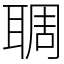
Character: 䎻